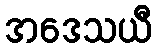
အဒေသယီ